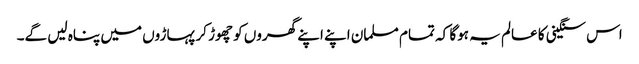
اس سنگینی کا عالم یہ ہوگا کہ تمام مسلمان اپنے اپنے گھروں کو چھوڑ کر پہاڑوں میں پناہ لیں گے۔